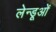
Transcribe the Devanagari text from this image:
लेन्डूओं